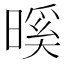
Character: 𭧎